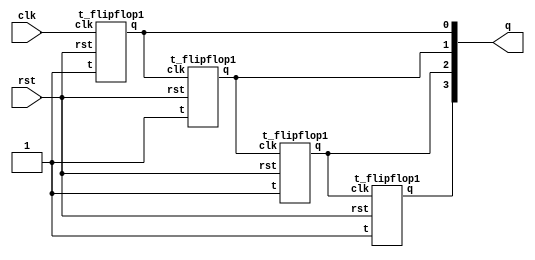
`timescale 1ns / 1ps
//////////////////////////////////////////////////////////////////////////////////
// Company: 
// Engineer: 
// 
// Design Name: 
// Module Name: async_up
// Project Name: 
// Target Devices: 
// Tool Versions: 
// Description: 
// 
// Dependencies: 
// 
// Revision:
// Revision 0.01 - File Created
// Additional Comments:
// 
//////////////////////////////////////////////////////////////////////////////////


module async_up(
    input clk,rst,
    output [3:0] q
    );
 
    
    t_flipflop1 a1(.t(1'b1),.clk(clk),.rst(rst),.q(q[0]));
     t_flipflop1 a2(.t(1'b1),.clk(q[0]),.rst(rst),.q(q[1]));
    t_flipflop1 a3(.t(1'b1),.clk(q[1]),.rst(rst),.q(q[2]));
     t_flipflop1 a4(.t(1'b1),.clk(q[2]),.rst(rst),.q(q[3]));
endmodule
module t_flipflop1(
    input t,clk,rst,
    output reg q,qbar
    ); 
    always@(negedge clk)
    begin
    if(rst)
    begin
    q=0;qbar=1;
    end
    else begin
     q=(t&~q)|(~t&q);
     qbar=~q;
    end
    end
endmodule